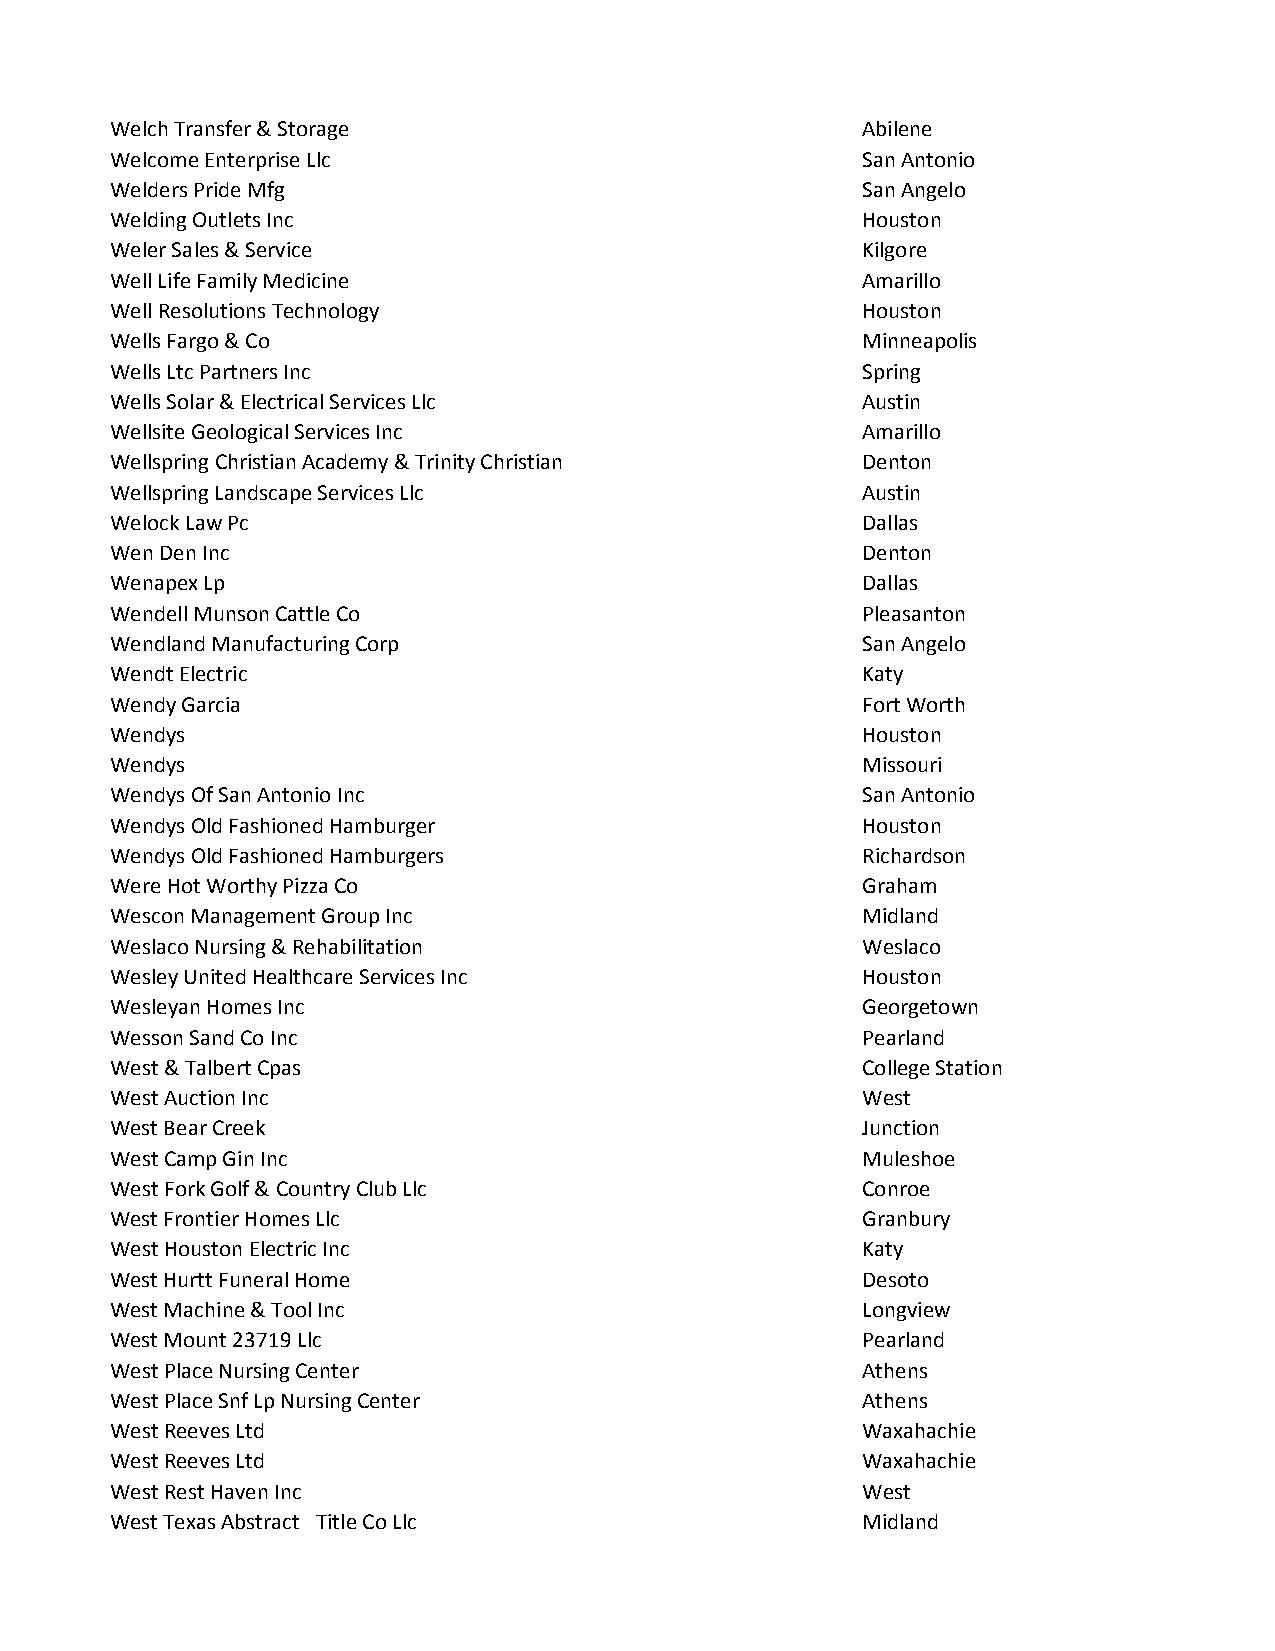
Welch Transfer & Storage                          Abilene
 Welcome Enterprise Llc                            San Antonio
 Welders Pride Mfg                                 San Angelo
 Welding Outlets Inc                               Houston
 Weler Sales & Service                             Kilgore
 Well Life Family Medicine                         Amarillo
 Well Resolutions Technology                       Houston
 Wells Fargo & Co                                  Minneapolis
 Wells Ltc Partners Inc                            Spring
 Wells Solar & Electrical Services Llc             Austin
 Wellsite Geological Services Inc                  Amarillo
 Wellspring Christian Academy & Trinity Christian  Denton
 Wellspring Landscape Services Llc                 Austin
 Welock Law Pc                                     Dallas
 Wen Den Inc                                       Denton
 Wenapex Lp                                        Dallas
 Wendell Munson Cattle Co                          Pleasanton
 Wendland Manufacturing Corp                       San Angelo
 Wendt Electric                                    Katy
 Wendy Garcia                                      Fort Worth
 Wendys                                            Houston
 Wendys                                            Missouri
 Wendys Of San Antonio Inc                         San Antonio
 Wendys Old Fashioned Hamburger                    Houston
 Wendys Old Fashioned Hamburgers                   Richardson
 Were Hot Worthy Pizza Co                          Graham
 Wescon Management Group Inc                       Midland
 Weslaco Nursing & Rehabilitation                  Weslaco
 Wesley United Healthcare Services Inc             Houston
 Wesleyan Homes Inc                                Georgetown
 Wesson Sand Co Inc                                Pearland
 West & Talbert Cpas                               College Station
 West Auction Inc                                  West
 West Bear Creek                                   Junction
 West Camp Gin Inc                                 Muleshoe
 West Fork Golf & Country Club Llc                 Conroe
 West Frontier Homes Llc                           Granbury
 West Houston Electric Inc                         Katy
 West Hurtt Funeral Home                           Desoto
 West Machine & Tool Inc                           Longview
 West Mount 23719 Llc                              Pearland
 West Place Nursing Center                         Athens
 West Place Snf Lp Nursing Center                  Athens
 West Reeves Ltd                                   Waxahachie
 West Reeves Ltd                                   Waxahachie
 West Rest Haven Inc                               West
 West Texas Abstract Title Co Llc                  Midland